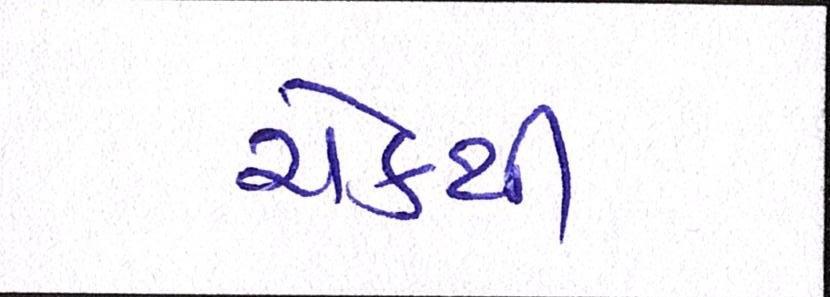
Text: ચેકથી